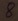
Text: 8